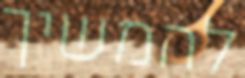
להמשיך